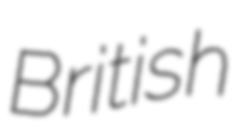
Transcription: British